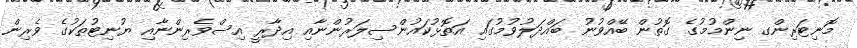
މޮނިޓަރިންގ ނިންމުމުގެ ގޮތުން ބޭއްވުނު ބައްދަލުވުމުގައި އަތޮޅުކައުންސިލަރުންނާއި އިދާރީ އިސްވެރިންނާއި ޔުނިޓުތަކުގެ ވެރިން